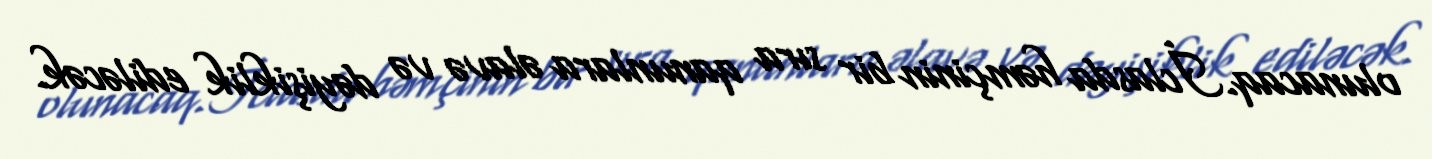
olunacaq.İclasda həmçinin bir sıra qanunlara əlavə və dəyişiklik ediləcək.